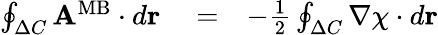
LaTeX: \begin{array}{rlr}{\oint_{\Delta C}{\mathbf A}^{\mathrm{MB}}\cdot d{\mathbf r}}&{{}=}&{-{\frac{1}{2}}\oint_{\Delta C}\nabla\chi\cdot d{\mathbf r}}\end{array}